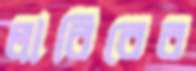
লাবিবের